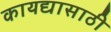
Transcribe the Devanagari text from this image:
कायद्यासाठी